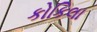
કોકિલા